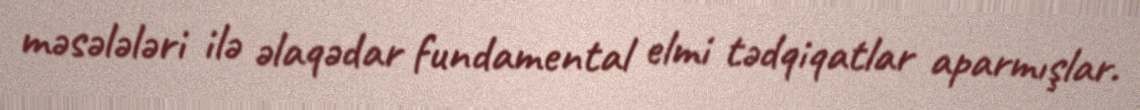
məsələləri ilə əlaqədar fundamental elmi tədqiqatlar aparmışlar.